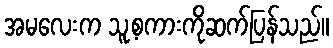
အမလေးက သူ့စကားကိုဆက်ပြန်သည်။